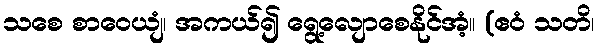
သစေ စာဝေယျံ၊ အကယ်၍ ရွေ့လျောစေနိုင်အံ့။ (ဧဝံ သတိ၊